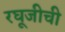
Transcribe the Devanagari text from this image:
रघूजीची